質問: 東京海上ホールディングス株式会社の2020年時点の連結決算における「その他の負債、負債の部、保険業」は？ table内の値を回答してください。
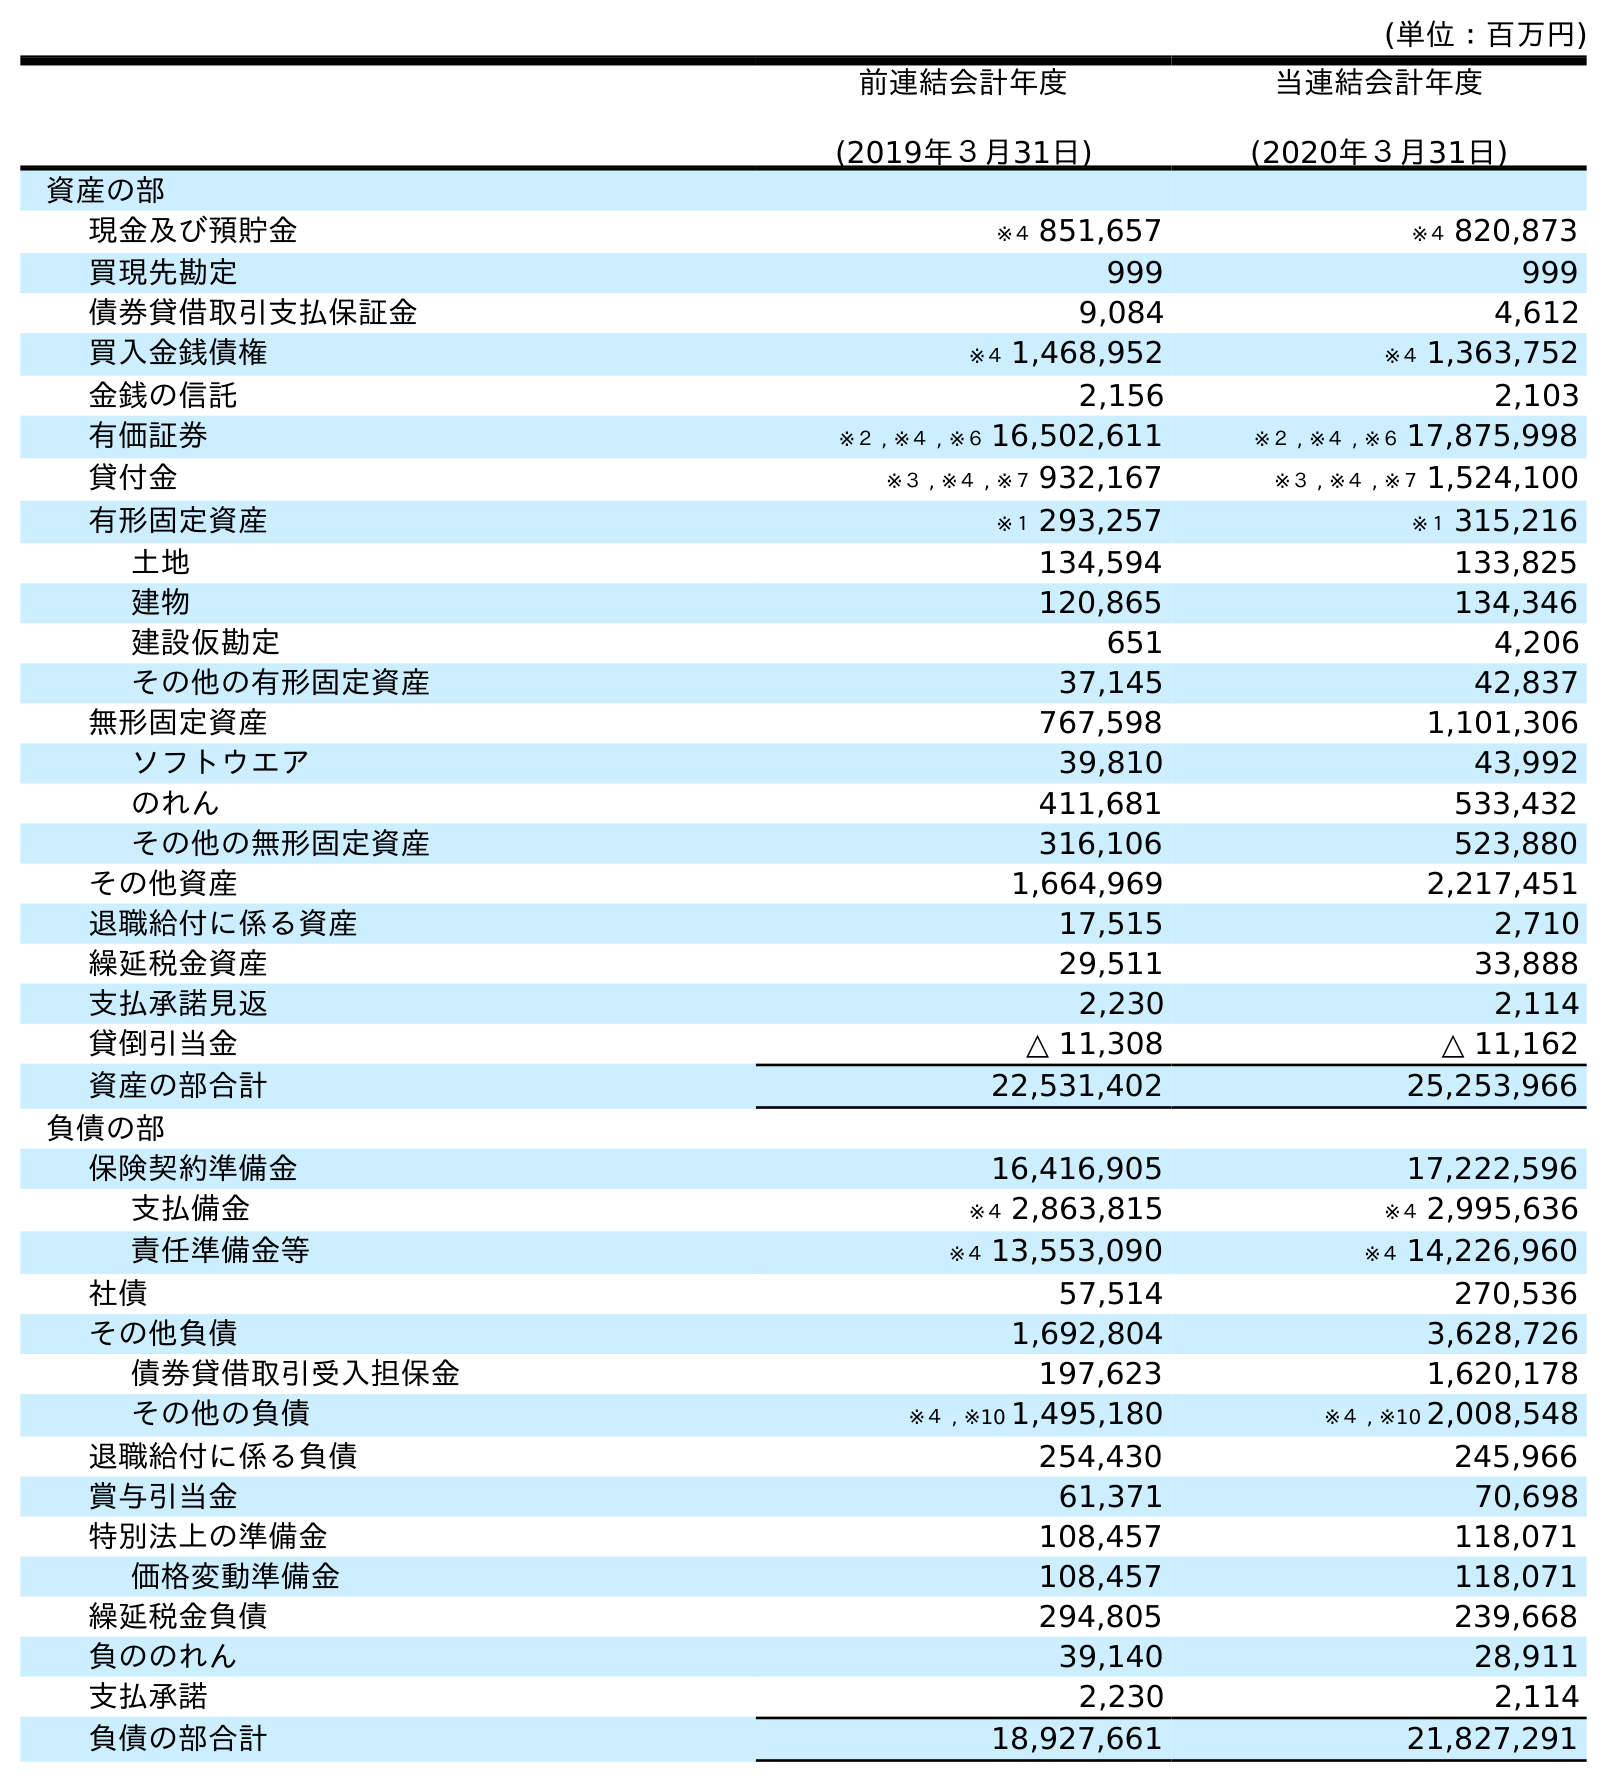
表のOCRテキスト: (単位：百万円) 前連結会計年度 (2019年３月31日) 当連結会計年度 (2020年３月31日) 資産の部 現金及び預貯金 ※４ 851,657 ※４ 820,873 買現先勘定 999 999 債券貸借取引支払保証金 9,084 4,612 買入金銭債権 ※４ 1,468,952 ※４ 1,363,752 金銭の信託 2,156 2,103 有価証券 ※２ , ※４ , ※６ 16,502,611 ※２ , ※４ , ※６ 17,875,998 貸付金 ※３ , ※４ , ※７ 932,167 ※３ , ※４ , ※７ 1,524,100 有形固定資産 ※１ 293,257 ※１ 315,216 土地 134,594 133,825 建物 120,865 134,346 建設仮勘定 651 4,206 その他の有形固定資産 37,145 42,837 無形固定資産 767,598 1,101,306 ソフトウエア 39,810 43,992 のれん 411,681 533,432 その他の無形固定資産 316,106 523,880 その他資産 1,664,969 2,217,451 退職給付に係る資産 17,515 2,710 繰延税金資産 29,511 33,888 支払承諾見返 2,230 2,114 貸倒引当金 △ 11,308 △ 11,162 資産の部合計 22,531,402 25,253,966 負債の部 保険契約準備金 16,416,905 17,222,596 支払備金 ※４ 2,863,815 ※４ 2,995,636 責任準備金等 ※４ 13,553,090 ※４ 14,226,960 社債 57,514 270,536 その他負債 1,692,804 3,628,726 債券貸借取引受入担保金 197,623 1,620,178 その他の負債 ※４ , ※10 1,495,180 ※４ , ※10 2,008,548 退職給付に係る負債 254,430 245,966 賞与引当金 61,371 70,698 特別法上の準備金 108,457 118,071 価格変動準備金 108,457 118,071 繰延税金負債 294,805 239,668 負ののれん 39,140 28,911 支払承諾 2,230 2,114 負債の部合計 18,927,661 21,827,291
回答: ※４,※102,008,548